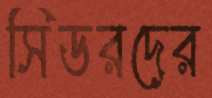
সিডরদের